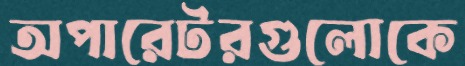
অপারেটরগুলোকে